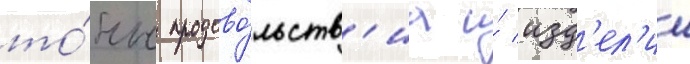
то́нн продово́льств'иа и́ изд'ел'ии